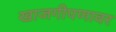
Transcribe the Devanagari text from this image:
खाजगीपणावर